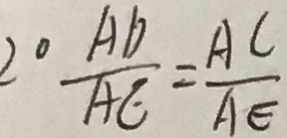
2 0 \frac { A D } { A E } = \frac { A C } { A E }